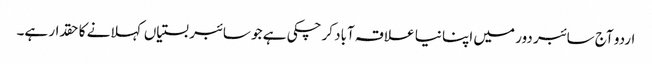
اردو آج سائبر دور میں اپنا نیا علاقہ آباد کرچکی ہے جو سائبر بستیاں کہلانے کا حقدار ہے۔